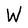
Character: W